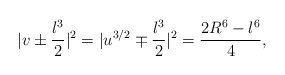
\begin{align*}|v\pm \frac{\l^{3}}{2}|^{2}=|u^{3/2}\mp \frac{\l^{3}}{2}|^{2}=\frac{2R^{6}-\l^{6}}{4},\end{align*}